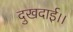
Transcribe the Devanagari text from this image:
दुखदाई।।